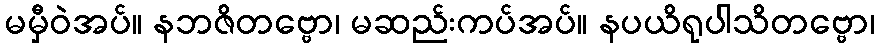
မမှီဝဲအပ်။ နဘဇိတဗ္ဗော၊ မဆည်းကပ်အပ်။ နပယိရုပါသိတဗ္ဗော၊